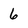
Character: 6